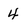
Character: 4